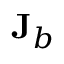
{ \bf J } _ { b }